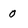
Character: 0